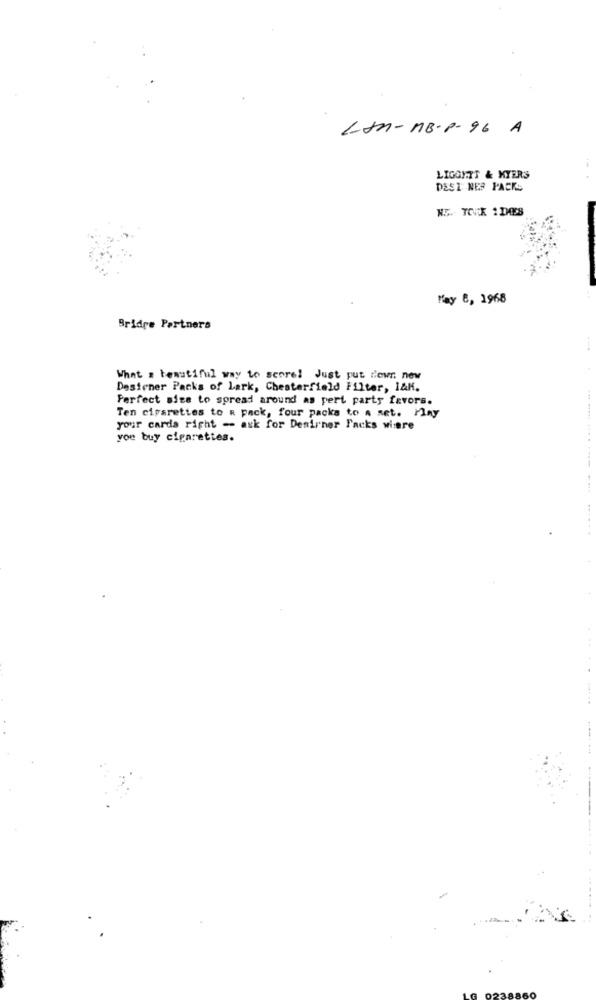
LAn-MB-P- 96 A
LIGOFTT & MYERS
DESI NES PACKS
May 8, 1968
Bridge Partners
What a beautiful way to score! Just put down new
Desiener Packs of Lark, Chesterfield Filter, I&K.
Perfect sice to spread around as pert party favors.
Ten cigarettes to R pack, four packs to a set. Play
your carda right - ask for Desirner Facks wiare
you buy cigarettes.